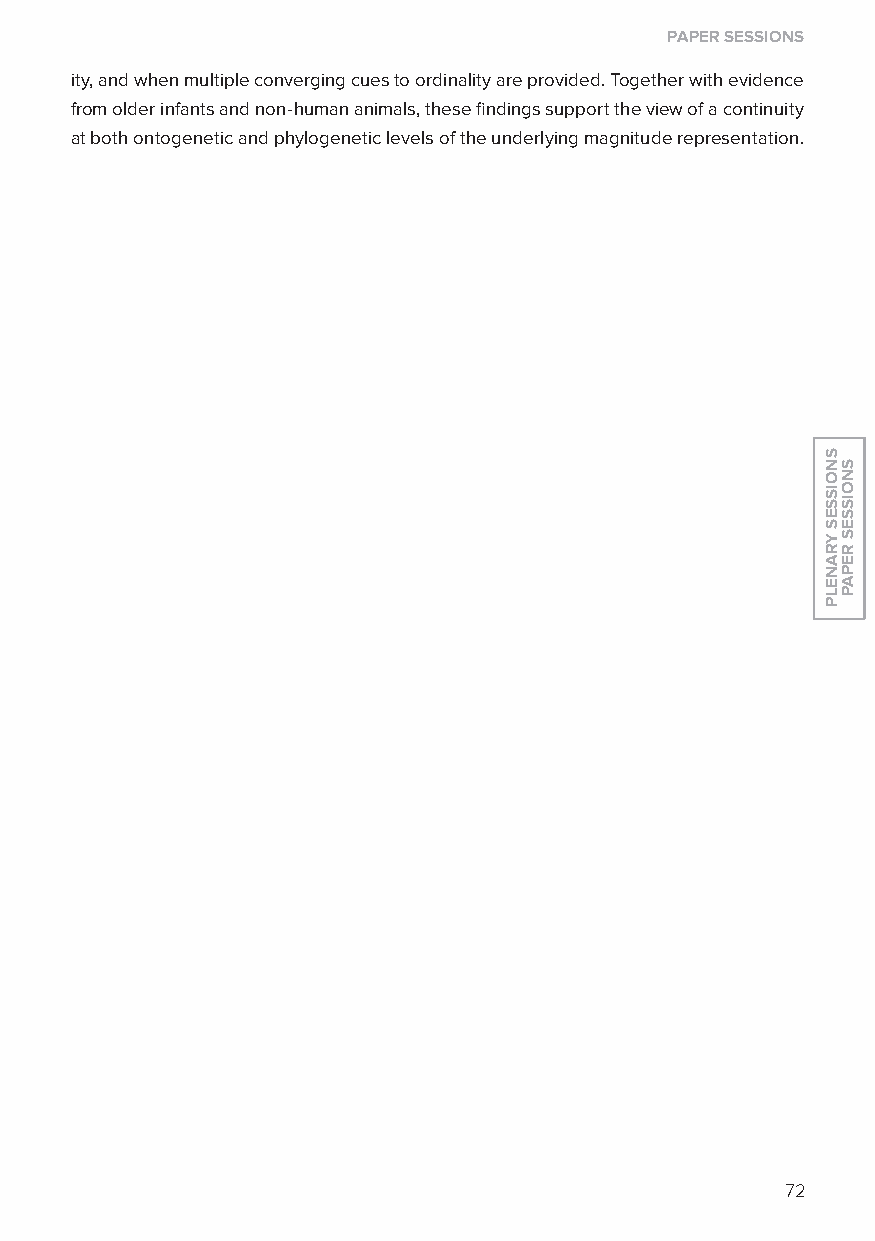
paper sessions
 ity, and when multiple converging cues to ordinality are provided. Together with evidence
 from older infants and non-human animals, these findings support the view of a continuity
 at both ontogenetic and phylogenetic levels of the underlying magnitude representation.
 72
 snoisses
 yranelp
 snoisses
 repap